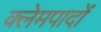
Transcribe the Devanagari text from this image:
क्लेमपादों